Annual administration report of the Civil Veterinary Department, Ajmere-Merwara, British Rajputana - 1914-1940
Year: 1914
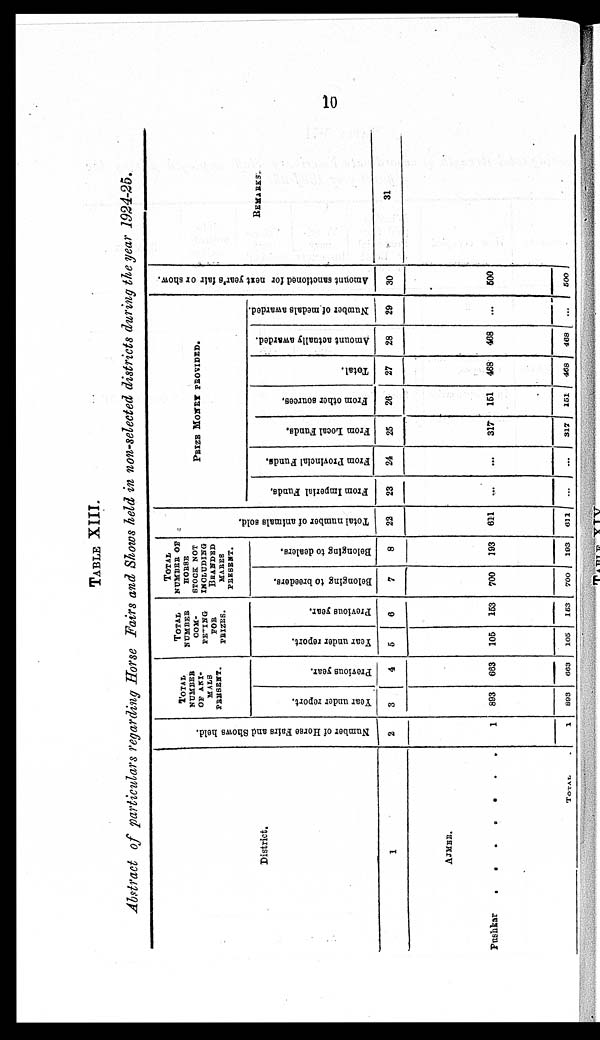
10
TABLE XIII.
Abstract of particulars regarding Horse Fairs and Shows held in non-selected districts during the year 1924-25.
District.
1
AJMER.
Pushkar . . . . . . . . . .
TOTAL
Number of Horse Fairs and Shows held.
2
1
1
TOTAL
NUMBER
OF ANI¬
MALS
PRESENT.
Year under report.
3
893
893
Previous year.
4
663
663
TOTAL.
NUMBER
COM¬
PETING
FOR
PRIZES.
Year under report.
5
105
105
Previous year.
6
153
153
TOTAL
NUMBER OF
HORSE
STOCK NOT
INCLUDING
BRANDED
MARES
PRESENT.
Belonging to breeders.
7
700
700
Belonging to dealers.
8
193
193
Total number of animals sold.
22
611
611
PRIZE
MONEY
PROVIDED.
From Imperial Funds.
23
...
...
From Provincial Funds.
24
...
...
From Local Funds.
25
317
317
From other sources.
26
151
151
Total.
27
468
468
Amount actually awarded.
28
468
468
Number of medals awarded.
29
...
. . .
Amount sanctioned for next year's fair or show.
30
500
500
REMARKS
31